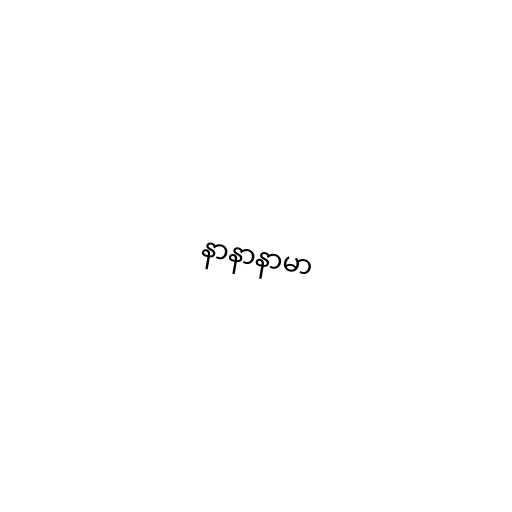
နာနာနာမာ